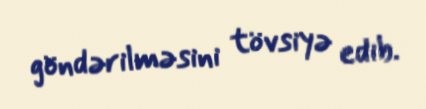
göndərilməsini tövsiyə edib.